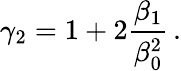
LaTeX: \gamma_{2}=1+2{\frac{\beta_{1}}{\beta_{0}^{2}}}\, .